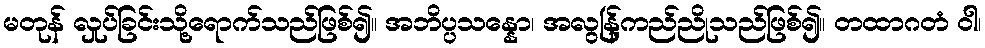
မတုန် လှုပ်ခြင်းသို့ရောက်သည်ဖြစ်၍။ အဘိပ္ပသန္နော၊ အလွန်ြ့ကည်ညိုသည်ဖြစ်၍။ တထာဂတံ ဝါ၊